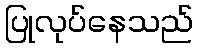
ပြုလုပ်နေသည်